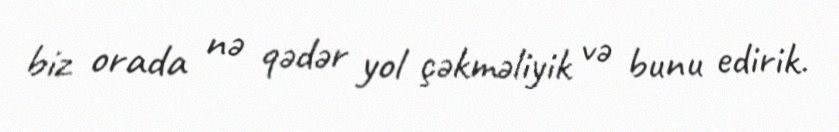
biz orada nə qədər yol çəkməliyik və bunu edirik.